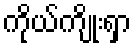
ကိုယ်ကျိုးရှာ